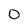
Character: 0